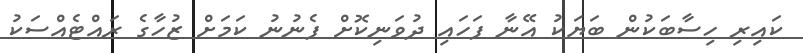
ކައިރި ހިސާބަކުން ބަޔަކު އޭނާ ފަހައި ދުވަނިކޮށް ފެނުނު ކަމަށް ޒުހާގެ ރައްޓެއްސަކު